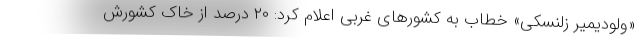
«ولودیمیر زلنسکی» خطاب به کشورهای غربی اعلام کرد: ۲۰ درصد از خاک کشورش